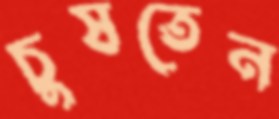
চুষতেন